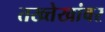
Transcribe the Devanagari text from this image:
तख्त्तेखांवर